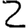
Digit: 2